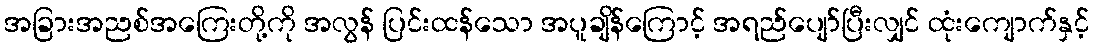
အခြားအညစ်အကြေးတို့ကို အလွန် ပြင်းထန်သော အပူချိန်ကြောင့် အရည်ပျော်ပြီးလျှင် ထုံးကျောက်နှင့်